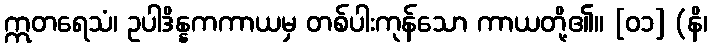
ဣတရေသံ၊ ဥပါဒိန္နကကာယမှ တစ်ပါးကုန်သော ကာယတို့၏။ [၀၁] (နိ၊